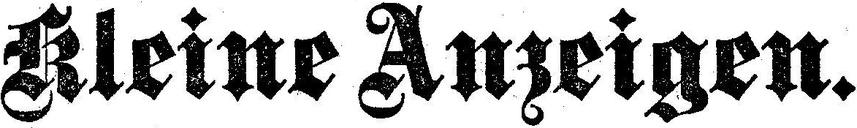
Kleine Anzeigen.